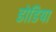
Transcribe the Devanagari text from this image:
डोडिया